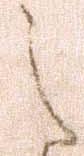
之